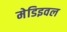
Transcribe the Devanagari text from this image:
मेडिइवल